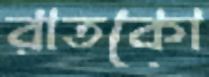
রাতকো